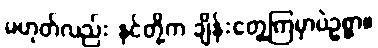
မဟုတ်လည်း နင်တို့က ချိန်းတွေ့ကြမှာပဲဥစ္စာ။